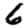
Digit: 6